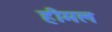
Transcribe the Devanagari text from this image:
हीमल